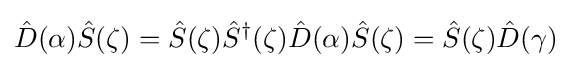
{\hat {D}}(\alpha ){\hat {S}}(\zeta )={\hat {S}}(\zeta ){\hat {S}}^{\dagger }(\zeta ){\hat {D}}(\alpha ){\hat {S}}(\zeta )={\hat {S}}(\zeta ){\hat {D}}(\gamma )